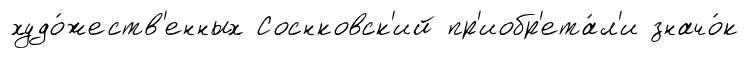
худо́жеств'енных Соснковск'ий пр'иобр'ета́л'и значо́к